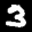
Label: 3